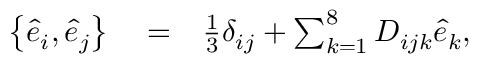
\begin{array} { r l r } { \left\{ \hat { e } _ { i } , \hat { e } _ { j } \right\} } & { { } = } & { \frac { 1 } { 3 } \delta _ { i j } + \sum _ { k = 1 } ^ { 8 } D _ { i j k } \hat { e } _ { k } , } \end{array}